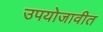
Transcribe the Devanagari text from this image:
उपयोजावीत